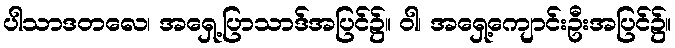
ပါသာဒတလေ၊ အရှေ့ပြာသာဒ်အပြင်၌။ ဝါ၊ အရှေ့ကျောင်းဦးအပြင်၌။